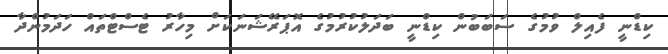
ކިޑްނީ ފެއިލް ވުމުގެ ސަބަބުން ކިޑްނީ ބަދަލުކުރުމުގެ އޮޕަރޭޝަނަކަށް މިހާރު ޓެސްޓްތައް ހަދަމުންދާ